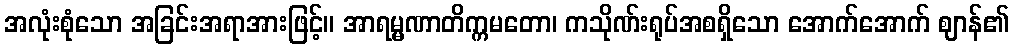
အလုံးစုံသော အခြင်းအရာအားဖြင့်။ အာရမ္မဏာတိက္ကမတော၊ ကသိုဏ်းရုပ်အစရှိသော အောက်အောက် ဈာန်၏